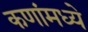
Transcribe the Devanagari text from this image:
कणांमध्ये